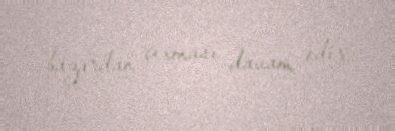
bazardan çıxması davam edir.